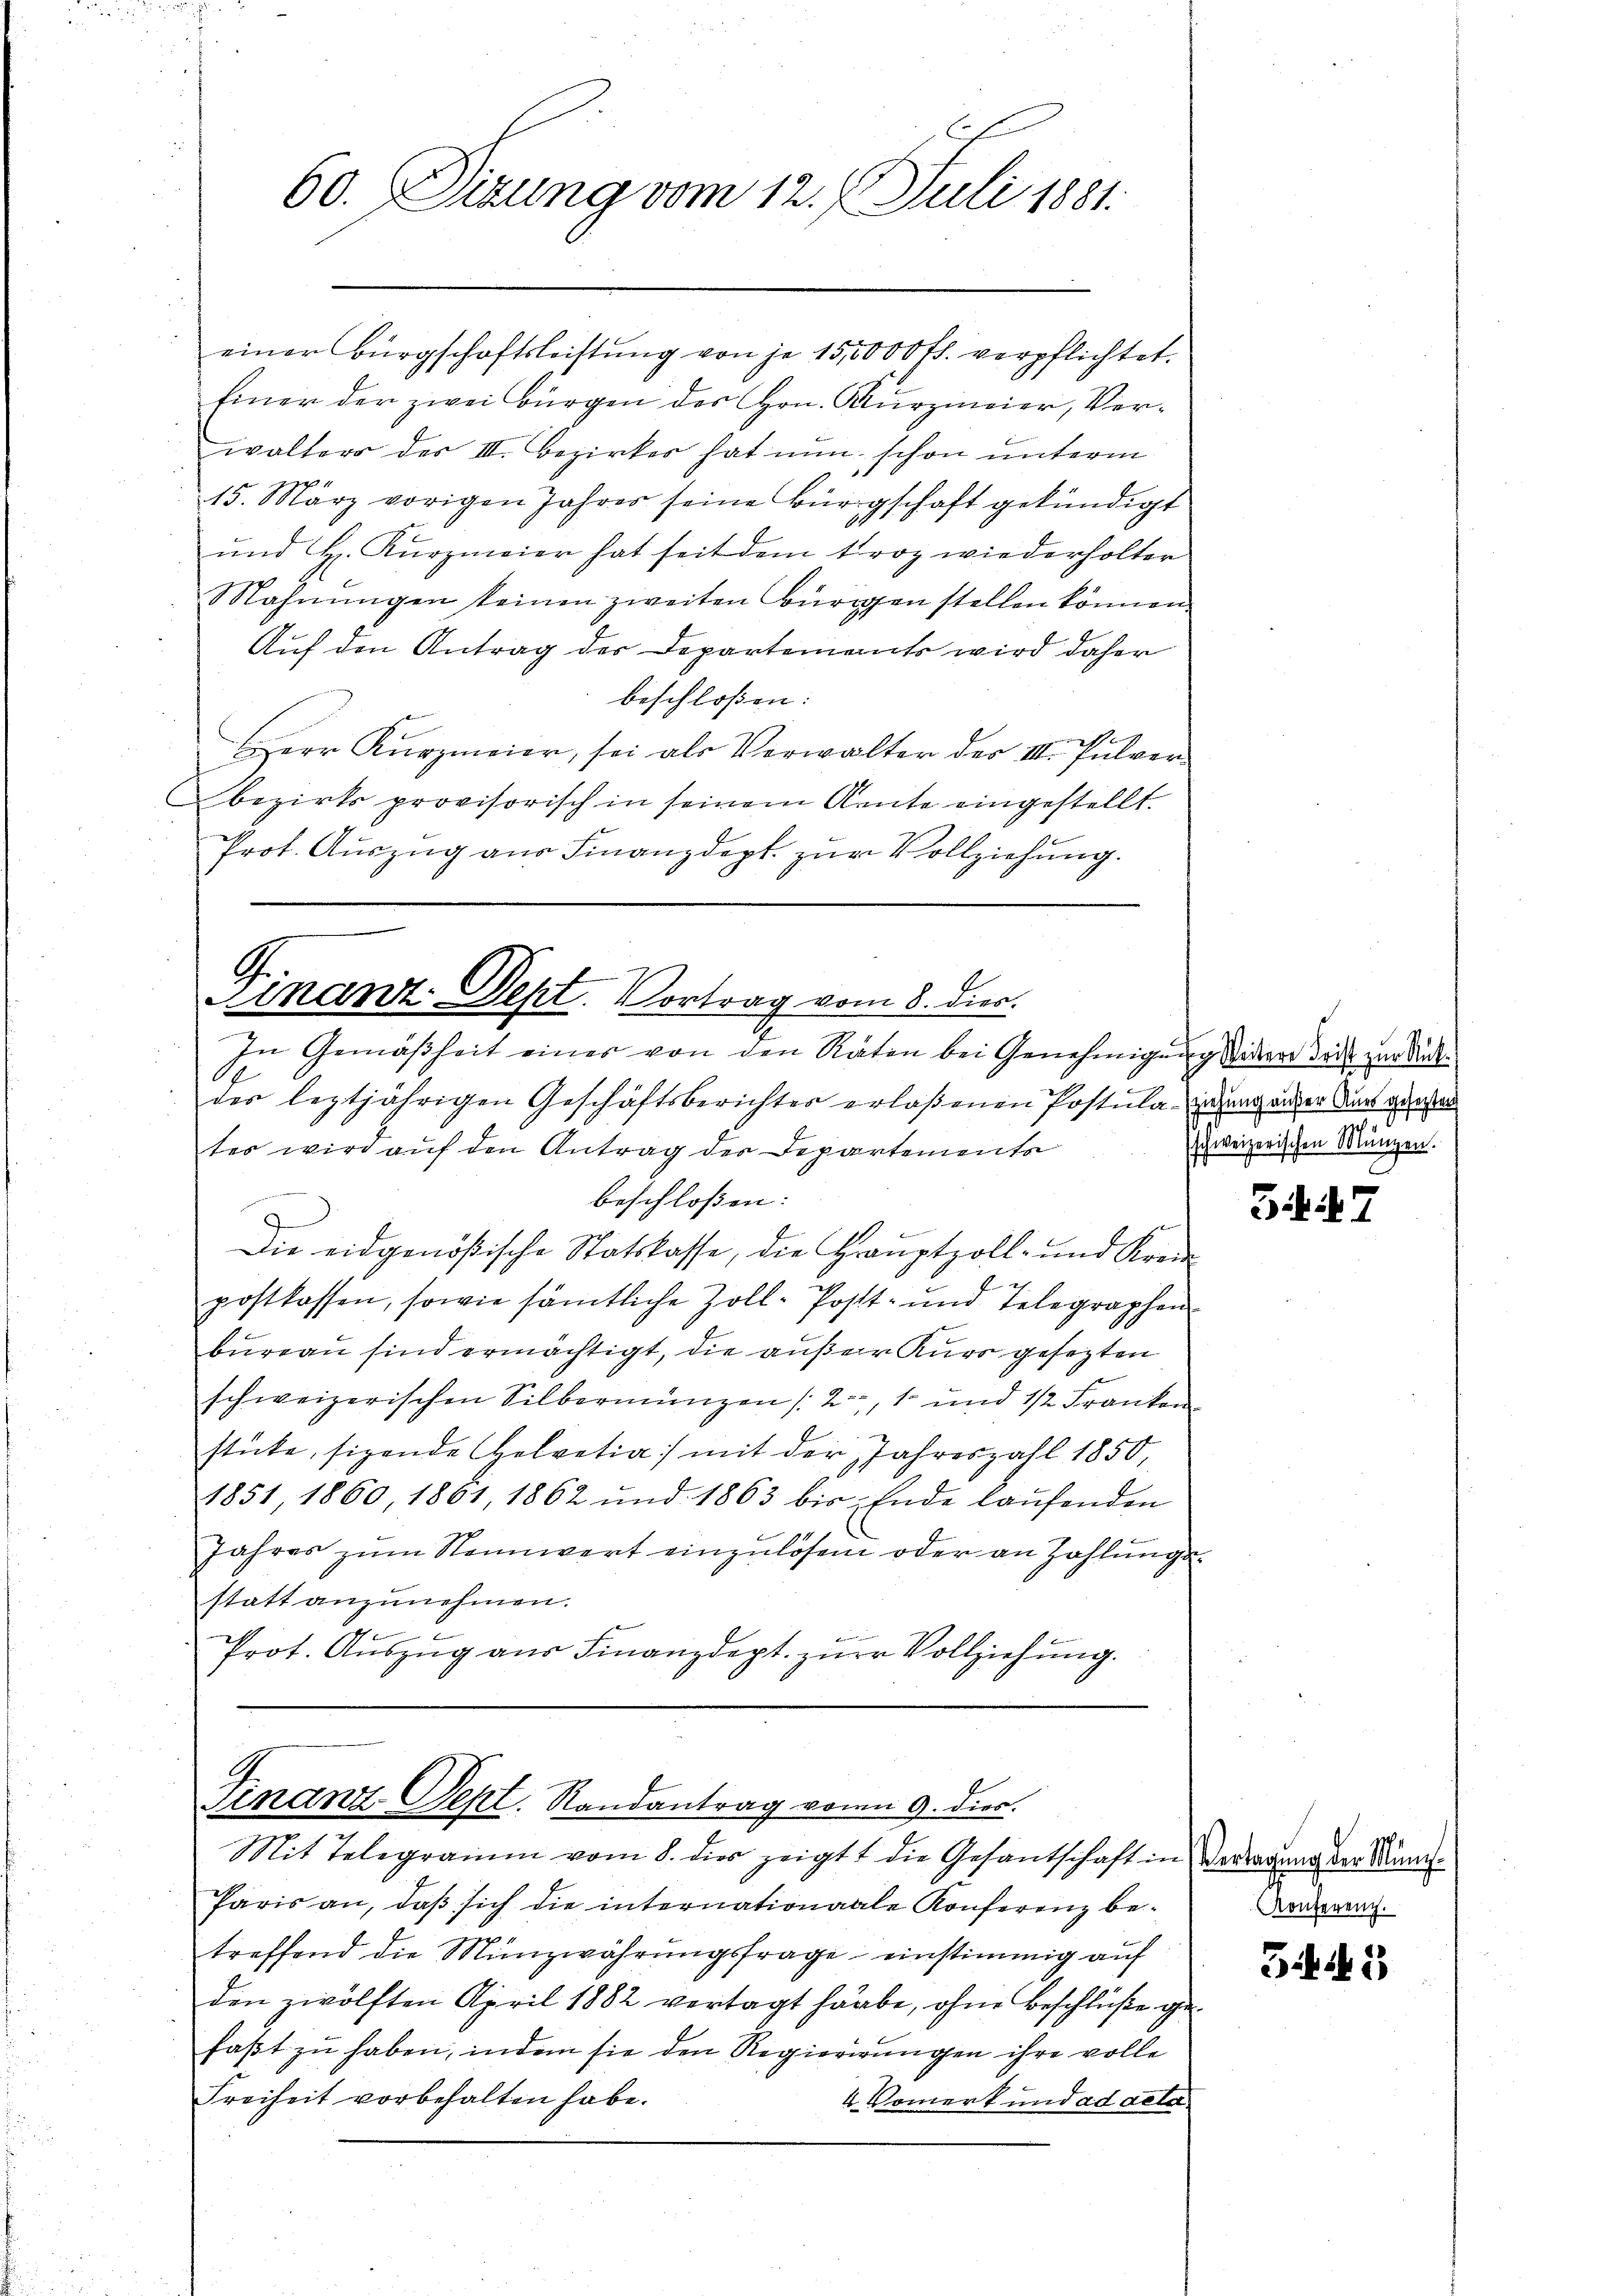
60. Sizung vom 12. Juli 1881.

einer Bürgschaftsleistung von je 150000 fl. verpflichtet.
Einer der zwei Bürgen des Hrn. Kurzmaier, Verwalters des III. Bezirkes hat nun schon unterm
15. März vorigen Jahres seine Bürgschaft gekündigt
ŭnd H. Kŭrzmeier hat seit dem troz wiederholter
Mahnŭngen keinen zweiten Bürgen stellen können.
Auf den Antrag der Departements wird daher
beschloßen:
2
err Kŭrzmaier, sei als Verwalter des III. Pulver-
bezirks provisorisch in seinem Amte eingestellt.
f
Prot. Auszug aus Finanzdept. zur Vollziehung.

G.
Finanz. Sept. Vortrag vom 8. dies.

In Gemäßheit einer von den Räten bei Genehmigung Widere das zur Rückder leztjährigen Geschäftsberichtes erlaßenen Postula-Einung ander ders gesten
tes wird auf den Antrag der Departemente
beschloßen:
Die eidgenößische Statskasse, die Grauptzoll- und Krei
postkassen, sowie sämtliche Zoll-Postt- und Telegraphen-
bureau sind ermächtigt, die außer Kurs gesezten
schweizerischen Silbermangen (2, 1 und 1/2 Franken
stücke, sigende Helvetia mit der Jahreszahl 1850,
1851 1860 1861, 1862 und 1863 bis Ende laŭfenden
Jahres zŭm Nennwert einzulösen oder an Zahlungs-
statt anzunehmen.
Prot. Aŭszŭg aŭs Finanzdept. zŭr Vollziehŭng.

Finanz Sept. Randantrag von 9. dies.
Mit Telegramm vom 8. dies zeigt die Gesantschaft in Vertragung der Sum¬

Paris an, daβ sich die internationaale Konferenz betreffend die Münzwährungsfrage einstimmig auf
den zwölften April 1882 vertagt habe, ohne Beschlüße gefaßt zu haben, indem sie den Regierirungen ihre volle
Freiheit vorbehalten habe.
4 Vomert und ad acta

sschweizerischen Münzen.

347

Konferenz.

345